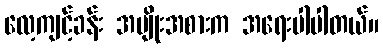
လေ့ကျင့်ခန်း အမျိုးအစားက အရေးပါပါတယ်။